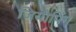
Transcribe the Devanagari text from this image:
जियोपिंग